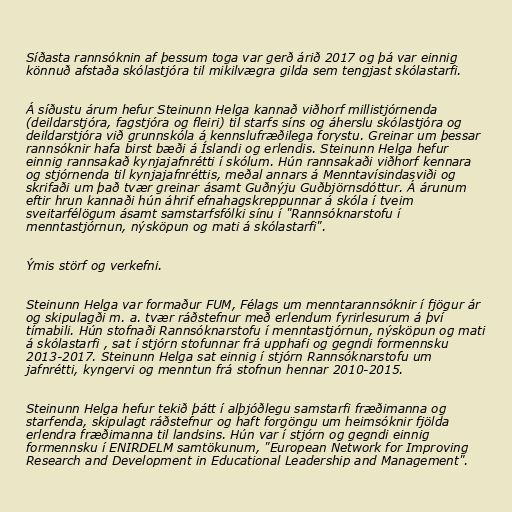
Síðasta rannsóknin af þessum toga var gerð árið 2017 og þá var einnig
könnuð afstaða skólastjóra til mikilvægra gilda sem tengjast skólastarfi.

Á síðustu árum hefur Steinunn Helga kannað viðhorf millistjórnenda
(deildarstjóra, fagstjóra og fleiri) til starfs síns og áherslu skólastjóra og
deildarstjóra við grunnskóla á kennslufræðilega forystu. Greinar um þessar
rannsóknir hafa birst bæði á Íslandi og erlendis. Steinunn Helga hefur
einnig rannsakað kynjajafnrétti í skólum. Hún rannsakaði viðhorf kennara
og stjórnenda til kynjajafnréttis, meðal annars á Menntavísindasviði og
skrifaði um það tvær greinar ásamt Guðnýju Guðbjörnsdóttur. Á árunum
eftir hrun kannaði hún áhrif efnahagskreppunnar á skóla í tveim
sveitarfélögum ásamt samstarfsfólki sínu í "Rannsóknarstofu í
menntastjórnun, nýsköpun og mati á skólastarfi".

Ýmis störf og verkefni.

Steinunn Helga var formaður FUM, Félags um menntarannsóknir í fjögur ár
og skipulagði m. a. tvær ráðstefnur með erlendum fyrirlesurum á því
tímabili. Hún stofnaði Rannsóknarstofu í menntastjórnun, nýsköpun og mati
á skólastarfi , sat í stjórn stofunnar frá upphafi og gegndi formennsku
2013-2017. Steinunn Helga sat einnig í stjórn Rannsóknarstofu um
jafnrétti, kyngervi og menntun frá stofnun hennar 2010-2015.

Steinunn Helga hefur tekið þátt í alþjóðlegu samstarfi fræðimanna og
starfenda, skipulagt ráðstefnur og haft forgöngu um heimsóknir fjölda
erlendra fræðimanna til landsins. Hún var í stjórn og gegndi einnig
formennsku í ENIRDELM samtökunum, "European Network for Improving
Research and Development in Educational Leadership and Management".